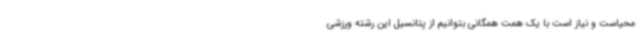
محیاست و نیاز است با یک همت همگانی بتوانیم از پتانسیل این رشته ورزشی